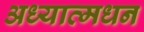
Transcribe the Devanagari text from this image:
अध्यात्मधन